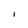
Character: I